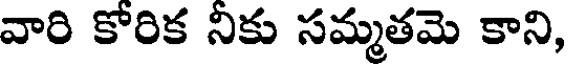
వారి కోరిక నికు సమ్మతమె కాని,